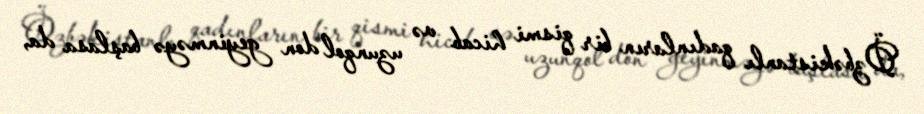
Özbəkistanlı qadınların bir qismi hicab və uzunqol don geyinməyə başlasa da,